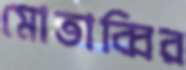
মোতাব্বির